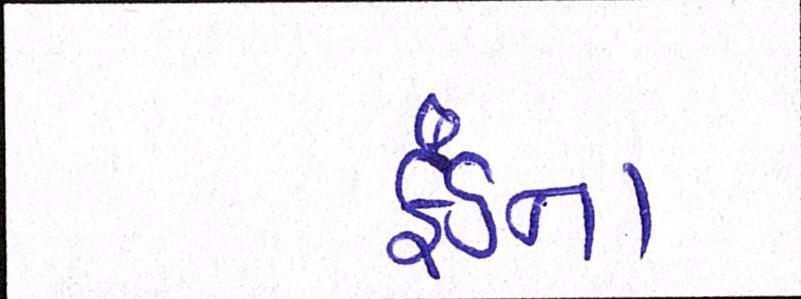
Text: ફંડના